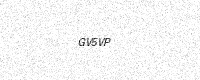
Text: GV5VP